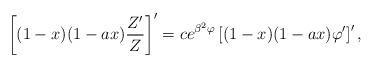
LaTeX: \begin{align*}\left[ ( 1 - x ) ( 1 - a x ) { Z' \over Z } \right]' = c e^{\beta^2 \varphi} \left[ ( 1 - x ) ( 1 - a x ) \varphi ' \right]' ,\end{align*}